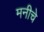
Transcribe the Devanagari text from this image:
मनीचे